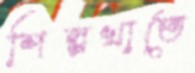
শিল্পখাতে